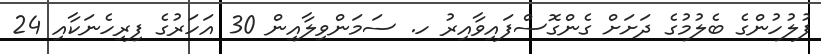
ފުލުހުންގެ ބެލުމުގެ ދަށަށް ގެންގޮސްފައިވާއިރު ހ. ސަމަންވިލާއިން 30 އަހަރުގެ ފިރިހެނަކާއި 24